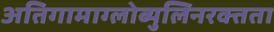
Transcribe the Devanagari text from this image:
अतिगामाग्लोब्युलिनरक्तता